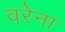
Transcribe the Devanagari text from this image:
वरेना